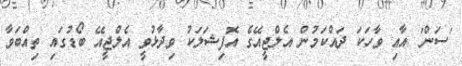
'ސަން' އާއި ވާހަކަ ދައްކަމުން އެލްޖީއޭގެ އޮފިޝަލަކު ވިދާޅުވީ އެލްޖީއޭ ބޯޑުގައި ތިއްބަވާ